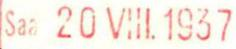
Saa 30 VIII.1937